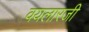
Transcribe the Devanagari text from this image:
वयलारजी